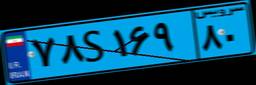
۳۵S۵۹۷۹۰